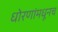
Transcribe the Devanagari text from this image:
धोरणांमधूनच